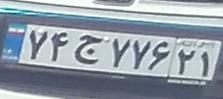
۷۴ج۷۷۶۲۱